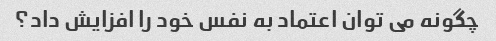
چگونه می توان اعتماد به نفس خود را افزایش داد؟